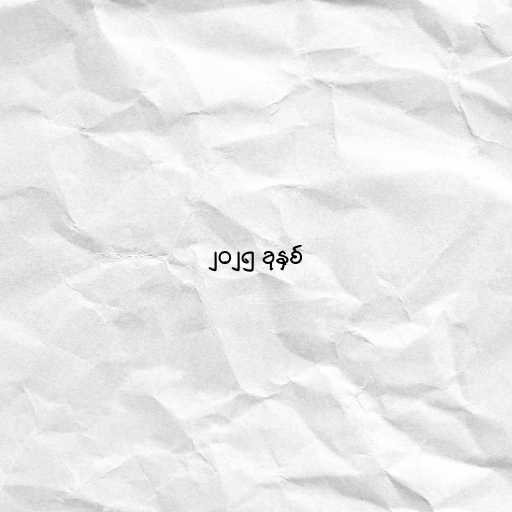
၂၀၂၅ ခုနှစ်